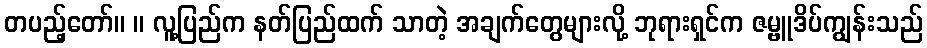
တပည့်တော်။ ။ လူ့ပြည်က နတ်ပြည်ထက် သာတဲ့ အချက်တွေများလို့ ဘုရားရှင်က ဇမ္ဗူဒိပ်ကျွန်းသည်